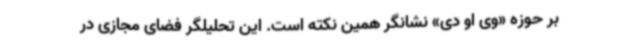
بر حوزه «وی او دی» نشانگر همین نکته است. این تحلیلگر فضای مجازی در